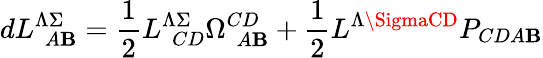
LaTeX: dL_{\ \ A\mathbf{B}}^{\Lambda\Sigma}={\frac{{1}}{{2}}}L_{\ \ CD}^{\Lambda\Sigma}\Omega_{\ \ A\mathbf{B}}^{CD}+{\frac{{1}}{{2}}}L^{\Lambda\SigmaCD}P_{CDA\mathbf{B}}